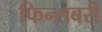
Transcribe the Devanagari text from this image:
फिन्सबरी